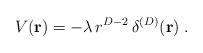
LaTeX: \begin{align*}V({\bf r}) = - \lambda \, r^{D-2} \, \delta^{(D)} ( {\bf r} ) \; . \end{align*}